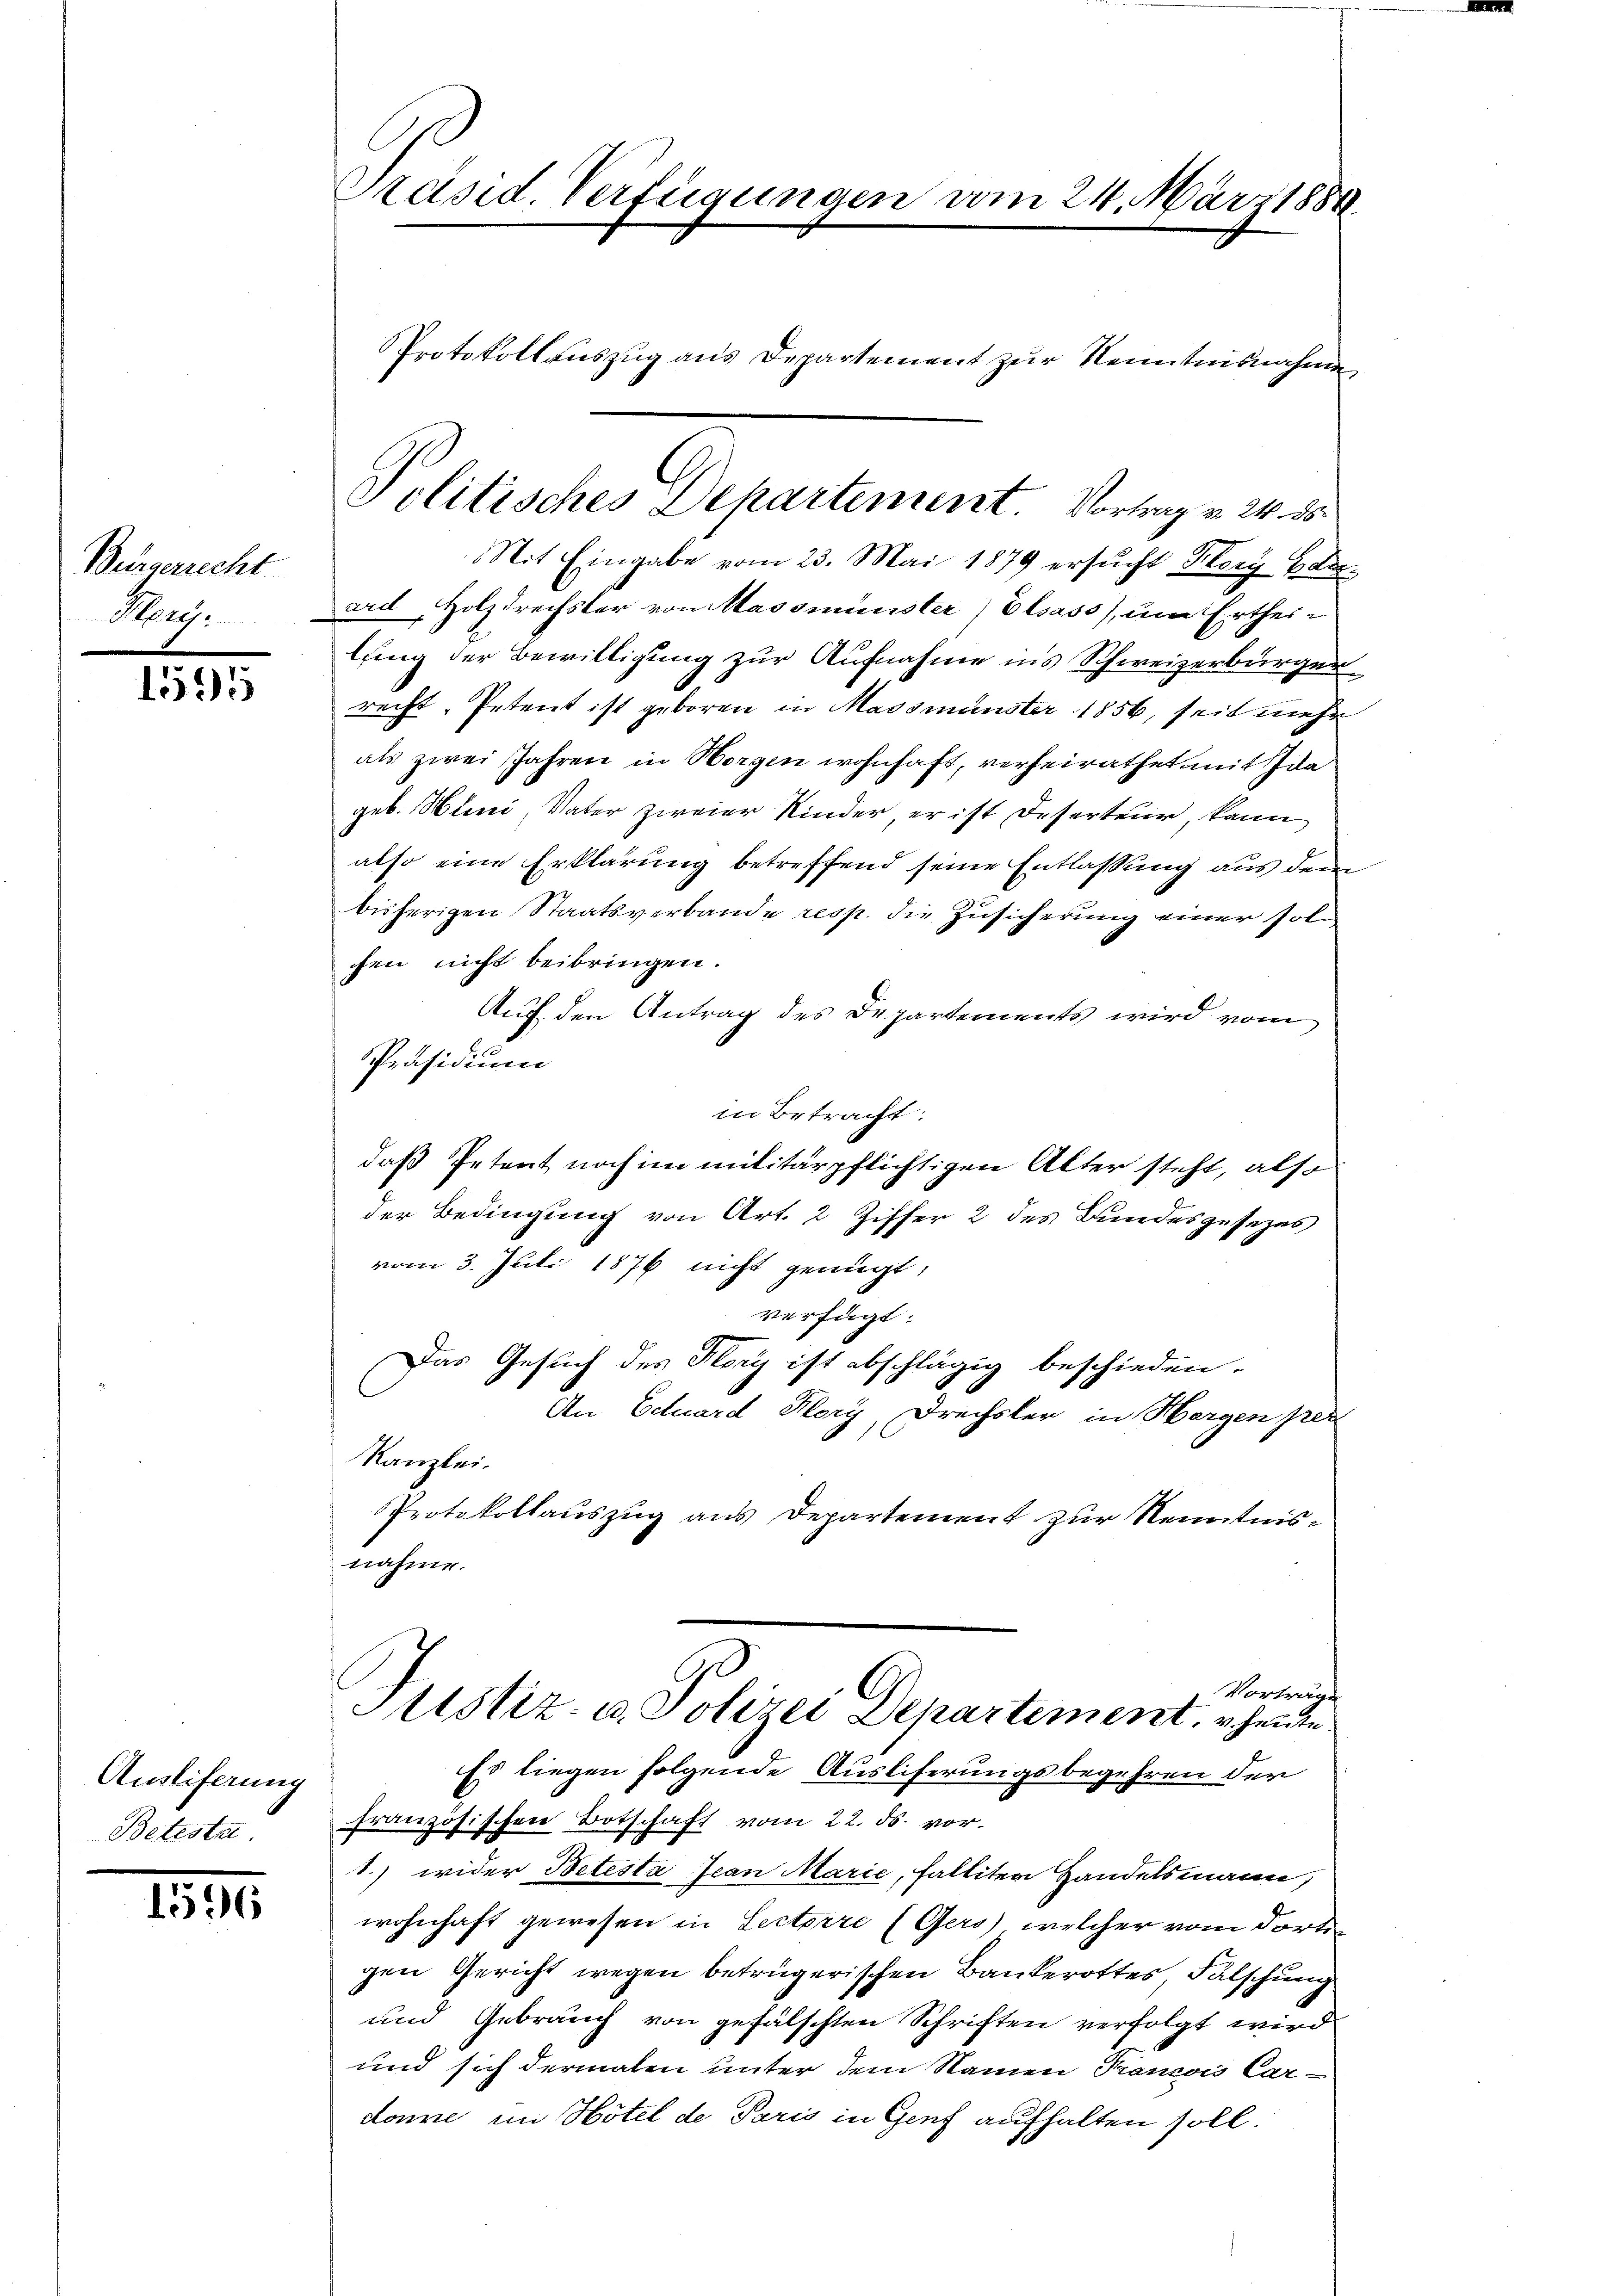
Bürgerrecht
Heris

1595

Ausliferung
Betesta

1596

Präsid. Verfügungen vom 24. März 1888
Protokollauszug aus Departement zur Kenntnisnahmen

Mit Eingabe vom 23. Mai 1879 ersucht Kory Haus
ard Holzdrechster von Massminister Elsass, um Ertheilung der Bewilligung zur Aufnahme in’s Schweizerbürger
recht. Petent ist geboren in Massmünster 1856, seit mehr
als zwei Jahren in Morgen wohnhaft, verheirathet mit Ida
geb. Hunni, Vater zweier Kinder er ist Deserteur, kann
also eine Erklärung betreffend seine Entlassung aus dem
bisherigen Staatsverbande resp. die Zusicherung einer fol
chen nicht beibringen.
Auf den Antrag des Departements wird vom
Präsidium
in Betracht:
daß Petent noch im militärpflichtigen Alter steht, also
der Bedingung von Art. 2 Ziffer 2 des Bundesgesezes
vom 3. Juli 1876 nicht genügt,
verfügt:
Das Gesuch des Flory ist abschlägig beschieden.
An Eduard Klery, Drechsler in Horgen per
Kanzlei.
Protokollauszug aus Departement zur Kenntnisnahme.
Vorträge
Sistiz- u. Polizei Departement, heute.
Es liegen folgende Ausliferungsbegehren der
französischen Botschaft vom 22. ds. vor.
G
1.) wider Betesta Jean Marie, falliten Handelsmann,
wohnhaft gewesen in Lectorre (Gers), welcher vom dortigen Gericht wegen betrügerischen Bankerottes, Fälschung
und Gebrauch von gefälschten Schriften verfolgt wird
und sich dermalen unter dem Namen Franzows Car-
donne im Hotel de Paris in Genf aufhalten soll.

Politisches Departement Vortrag v. 24. ds.